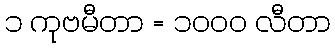
၁ ကုဗမီတာ = ၁၀၀၀ လီတာ